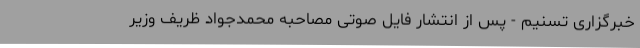
خبرگزاری تسنیم - پس از انتشار فایل صوتی مصاحبه محمدجواد ظریف وزیر